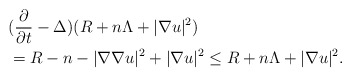
\begin{align*}&(\frac{\partial}{\partial t}-\Delta)(R+n\Lambda+|\nabla u|^2)\\&=R-n-|\nabla\nabla u|^2+|\nabla u|^2\leq R+n\Lambda+|\nabla u|^2.\end{align*}